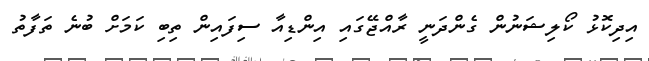
އިދިކޮޅު ކޯލިޝަނުން ގެންދަނީ ރާއްޖޭގައި އިންޑިއާ ސިފައިން ތިބި ކަމަށް ބުނެ ތަފާތު